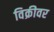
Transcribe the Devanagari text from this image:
विक्रीवर